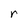
Character: r